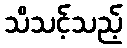
သိသင့်သည့်